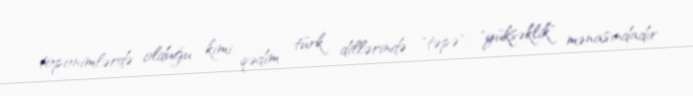
toponimlərdə olduğu kimi, qədim türk dillərində "təpə", "yüksəklik" mənasındadır